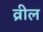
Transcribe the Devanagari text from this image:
व्रील